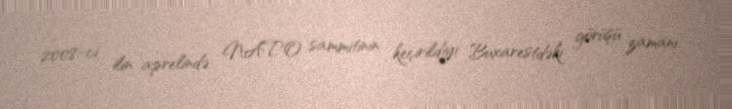
2008-ci ilin aprelində NATO sammitinin keçirildiyi Buxarestdəki görüşü zamanı